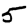
Digit: 5